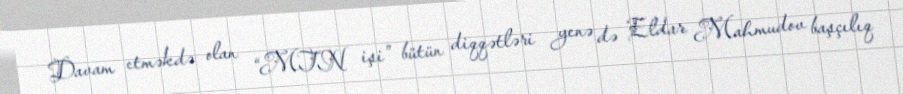
Davam etməkdə olan “MTN işi” bütün diqqətləri yenə də Eldar Mahmudov başçılıq